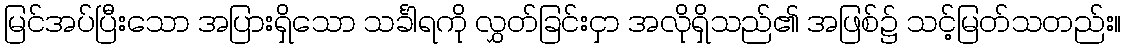
မြင်အပ်ပြီးသော အပြားရှိသော သင်္ခါရကို လွှတ်ခြင်းငှာ အလိုရှိသည်၏ အဖြစ်၌ သင့်မြတ်သတည်း။